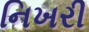
નિખરી